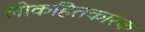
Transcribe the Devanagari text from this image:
लोकहितकारक